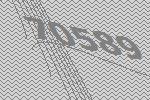
70589